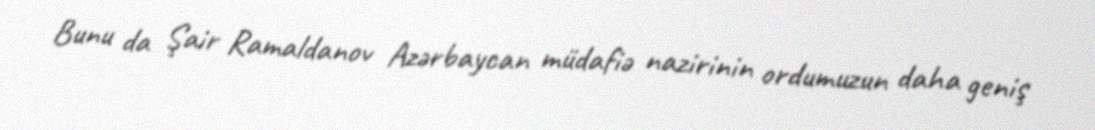
Bunu da Şair Ramaldanov Azərbaycan müdafiə nazirinin ordumuzun daha geniş